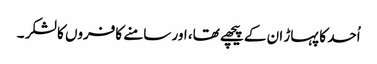
اُحد کا پہاڑ ان کے پیچھے تھا، اور سامنے کافروں کا لشکر ۔